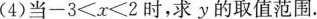
(4)当$$- 3 < x < 2$$时，求y的取值范围.